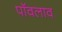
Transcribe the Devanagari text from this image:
पॉवलाव